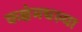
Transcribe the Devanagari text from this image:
कक्षेमधल्या